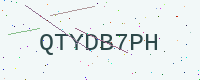
Text: QTYDB7PH